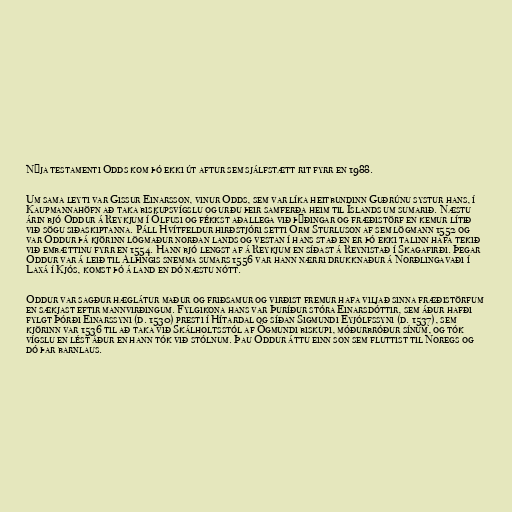
Nýja testamenti Odds kom þó ekki út aftur sem sjálfstætt rit fyrr en 1988.

Um sama leyti var Gissur Einarsson, vinur Odds, sem var líka heitbundinn Guðrúnu systur hans, í
Kaupmannahöfn að taka biskupsvígslu og urðu þeir samferða heim til Íslands um sumarið. Næstu
árin bjó Oddur á Reykjum í Ölfusi og fékkst aðallega við þýðingar og fræðistörf en kemur lítið
við sögu siðaskiptanna. Páll Hvítfeldur hirðstjóri setti Orm Sturluson af sem lögmann 1552 og
var Oddur þá kjörinn lögmaður norðan lands og vestan í hans stað en er þó ekki talinn hafa tekið
við embættinu fyrr en 1554. Hann bjó lengst af á Reykjum en síðast á Reynistað í Skagafirði. Þegar
Oddur var á leið til Alþingis snemma sumars 1556 var hann nærri drukknaður á Norðlingavaði í
Laxá í Kjós, komst þó á land en dó næstu nótt.

Oddur var sagður hæglátur maður og friðsamur og virðist fremur hafa viljað sinna fræðistörfum
en sækjast eftir mannvirðingum. Fylgikona hans var Þuríður stóra Einarsdóttir, sem áður hafði
fylgt Þórði Einarssyni (d. 1530) presti í Hítardal og síðan Sigmundi Eyjólfssyni (d. 1537), sem
kjörinn var 1536 til að taka við Skálholtsstól af Ögmundi biskupi, móðurbróður sínum, og tók
vígslu en lést áður en hann tók við stólnum. Þau Oddur áttu einn son sem fluttist til Noregs og
dó þar barnlaus.